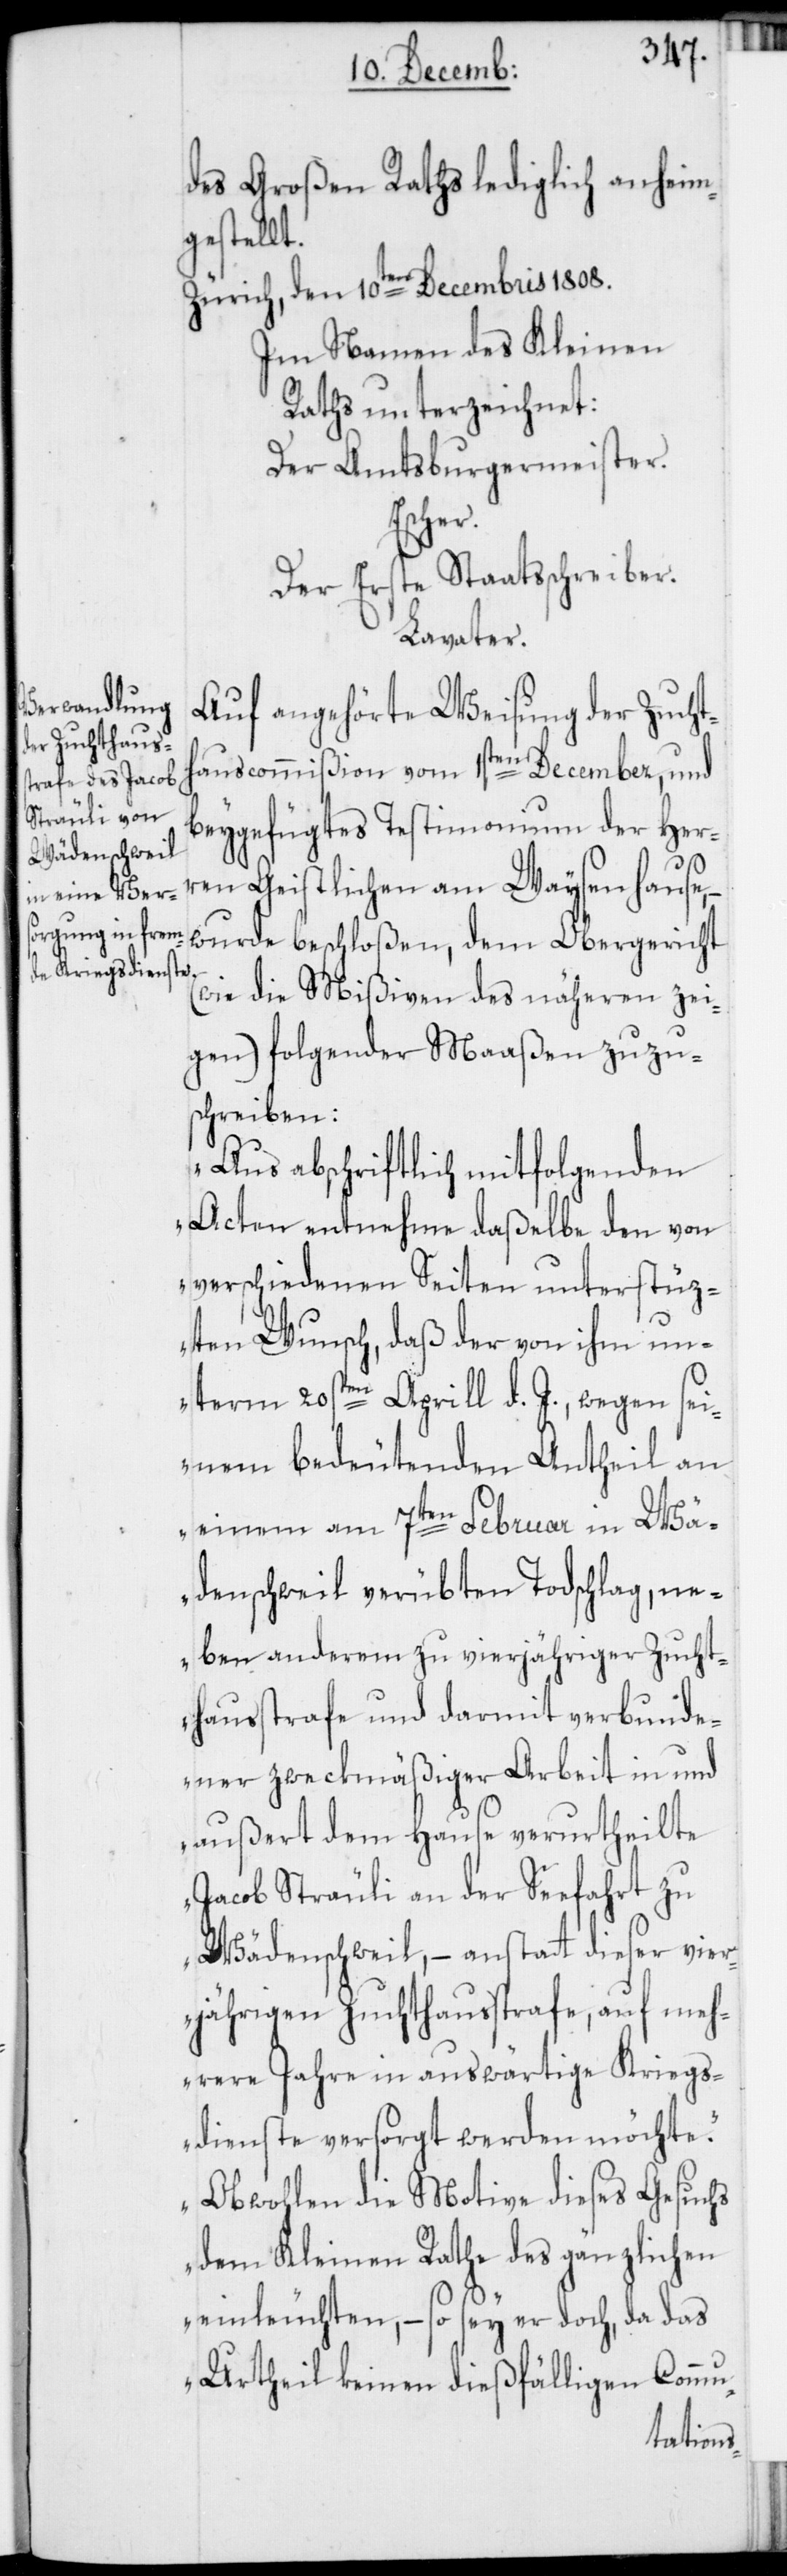
des Großen Raths lediglich anheim¬
gestellt.
Zürich, den 10ten Decembris 1808.
Im Namen des Kleinen
Raths unterzeichnet:
Der Amtsburgermeister.
Escher.
Der erste Staatsschreiber.
Lavater.
Auf angehörte Weisung der Zuchth¬
auscommißion vom 1sten December, und
beygefügtes Testimonium der Her¬
ren Geistlichen am Waysenhause,
wurde beschloßen, dem Obergericht
(wie die Mißiven des näheren zei¬
gen) folgender Maaßen zuzu¬
schreiben:
„Aus abschriftlich mitfolgenden
Acten entnehme daßelbe den von
verschiedenen Seiten unterstüz¬
ten Wunsch, daß der von ihm un¬
term 20sten Aprill d. J., wegen sei¬
nem bedeutenden Antheil an
einem am 7ten Februar in Wä¬
denschweil verübten Todschlag, ne¬
ben anderem zu vierjähriger Zucht¬
hausstrafe und darmit verbunde¬
ner zweckmäßiger Arbeit in und
außert dem Hause verurtheilte
Jacob Sträuli an der Seefahrt zu
Wädenschweil, – anstatt dieser vier¬
jährigen Zuchthausstrafe, auf meh¬
rere Jahre in auswärtige Kriegs¬
dienste versorgt werden möchte.
Obwohlen die Motive dieses Gesuchs
dem Kleinen Rathe des gänzlichen
einleuchten, – so sey er doch, da das
Urtheil keinen dießfälligen Commu-